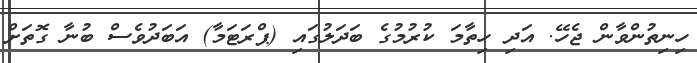
ހިނިތުންވާން ޖެހޭ. އަދި ހިތާމަ ކުރުމުގެ ބަދަލުގައި (ޕްރަޓަމާ) އަބަދުވެސް ބުނާ ގޮތަށް